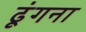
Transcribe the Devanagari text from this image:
ढूंगना